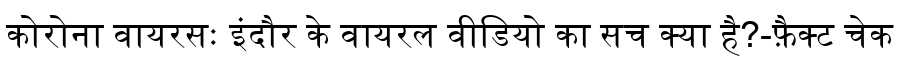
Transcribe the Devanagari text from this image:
कोरोना वायरसः इंदौर के वायरल वीडियो का सच क्या है?-फ़ैक्ट चेक